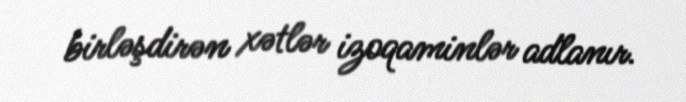
birləşdirən xətlər izoqaminlər adlanır.